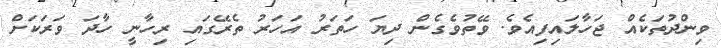
ވިންދުތަކެއް ޖަހާލައިފިއެވެ. ވޭތުވެގެން ދިޔަ ހަތަރު އަހަރު ތެރޭގައި ރިހާނީ ހާދަ ވަރަކަށް